Document type: Emphyteutic lease
Year: 1283
Scribe: Pere Marquès
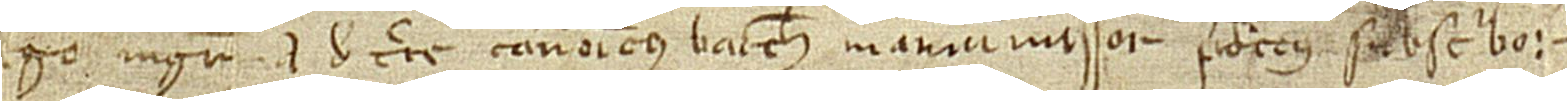
Ego magister Arnaldus de Turre, canonicus Barchinone, manumissor predictus, subscribo.